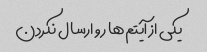
یکی از آیتم‌ها رو ارسال نکردن